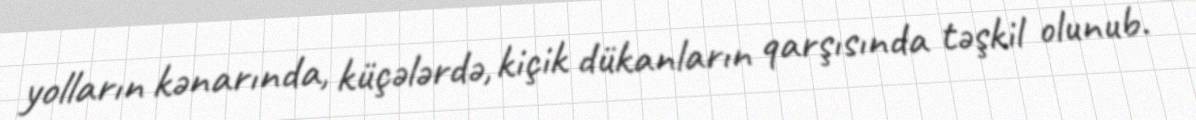
yolların kənarında, küçələrdə, kiçik dükanların qarşısında təşkil olunub.